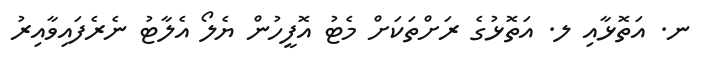
ނ. އަތޮޅާއި ލ. އަތޮޅުގެ ރަށްތަކަށް މެޓު އޮފީހުން ޔެލޯ އެލާޓު ނެރެފައިވާއިރު